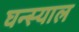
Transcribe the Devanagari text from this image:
घन्स्याल